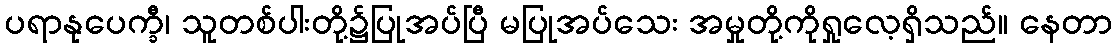
ပရာနုပေက္ခီ၊ သူတစ်ပါးတို့၌ပြုအပ်ပြီ မပြုအပ်သေး အမှုတို့ကိုရှုလေ့ရှိသည်။ နေတာ